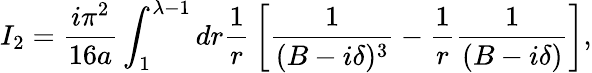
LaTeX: I_{2}={\frac{i\pi^{2}}{16a}}\int_{1}^{\lambda-1}{dr{\frac{1}{r}}\left[{\frac{1}{(B-i\delta)^{3}}}-{\frac{1}{r}}{\frac{1}{(B-i\delta)}}\right]},